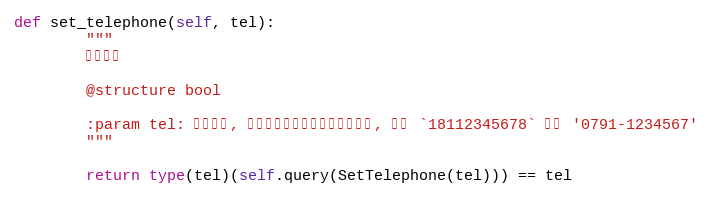
Language: Python
def set_telephone(self, tel):
        """
        更新电话

        @structure bool

        :param tel: 电话号码, 需要满足手机和普通电话的格式, 例如 `18112345678` 或者 '0791-1234567'
        """

        return type(tel)(self.query(SetTelephone(tel))) == tel